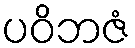
ပဝိဘဇံ